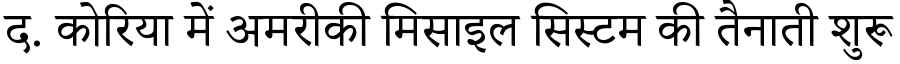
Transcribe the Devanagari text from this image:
द. कोरिया में अमरीकी मिसाइल सिस्टम की तैनाती शुरू